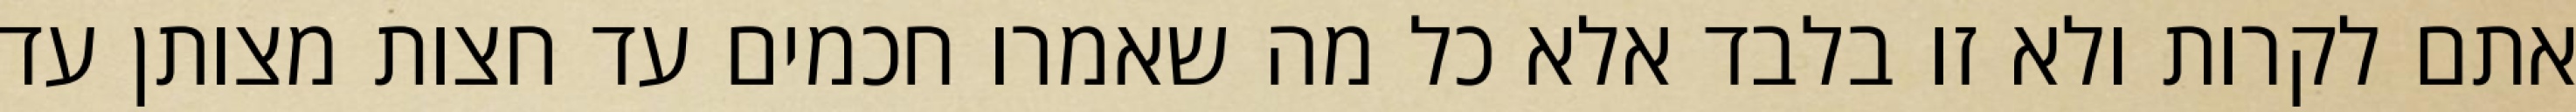
אתם לקרות ולא זו בלבד אלא כל מה שאמרו חכמים עד חצות מצותן עד